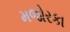
મજોરકા